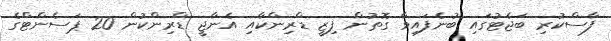
ފާސްކުރި ބަޖެޓުގައި ބުނެފައިވާ ގޮތުން ފިޒީ ޑްރިންކާއި އެނާޖީ ޑްރިންކުން 20 ޕަސެންޓްގެ